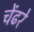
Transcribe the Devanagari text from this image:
चेंढरे